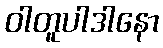
ဝါတူပါဒါနော